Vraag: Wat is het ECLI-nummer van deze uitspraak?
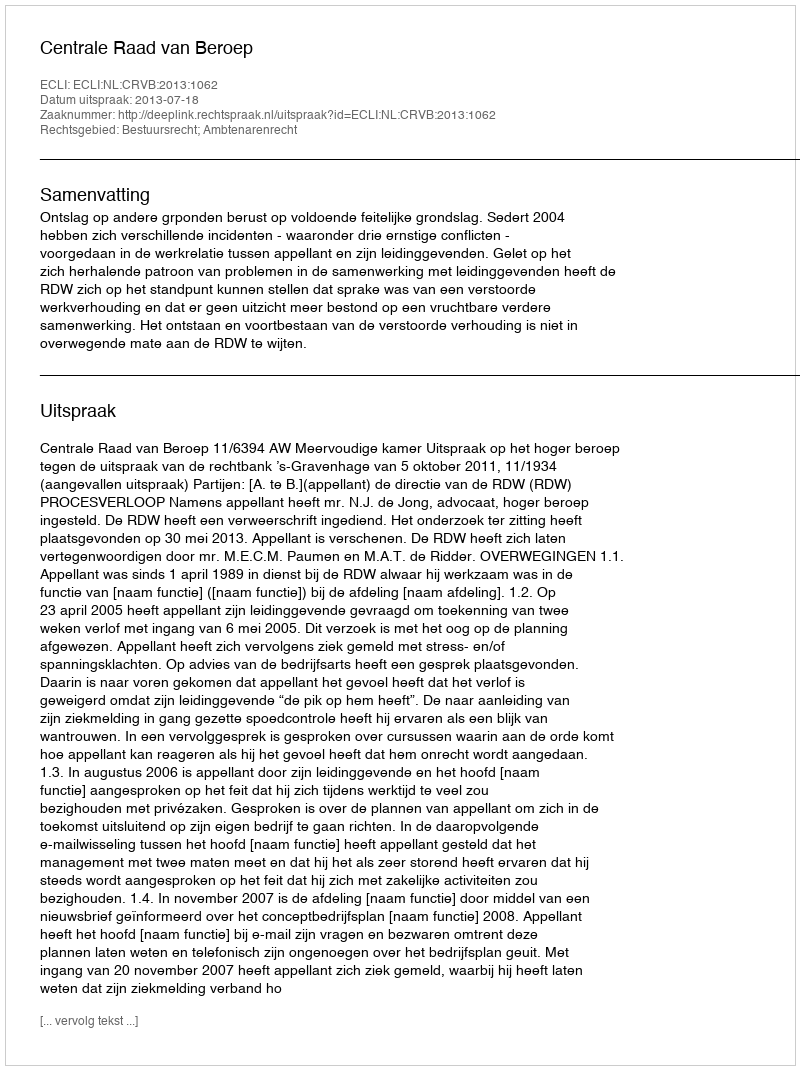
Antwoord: ECLI:NL:CRVB:2013:1062